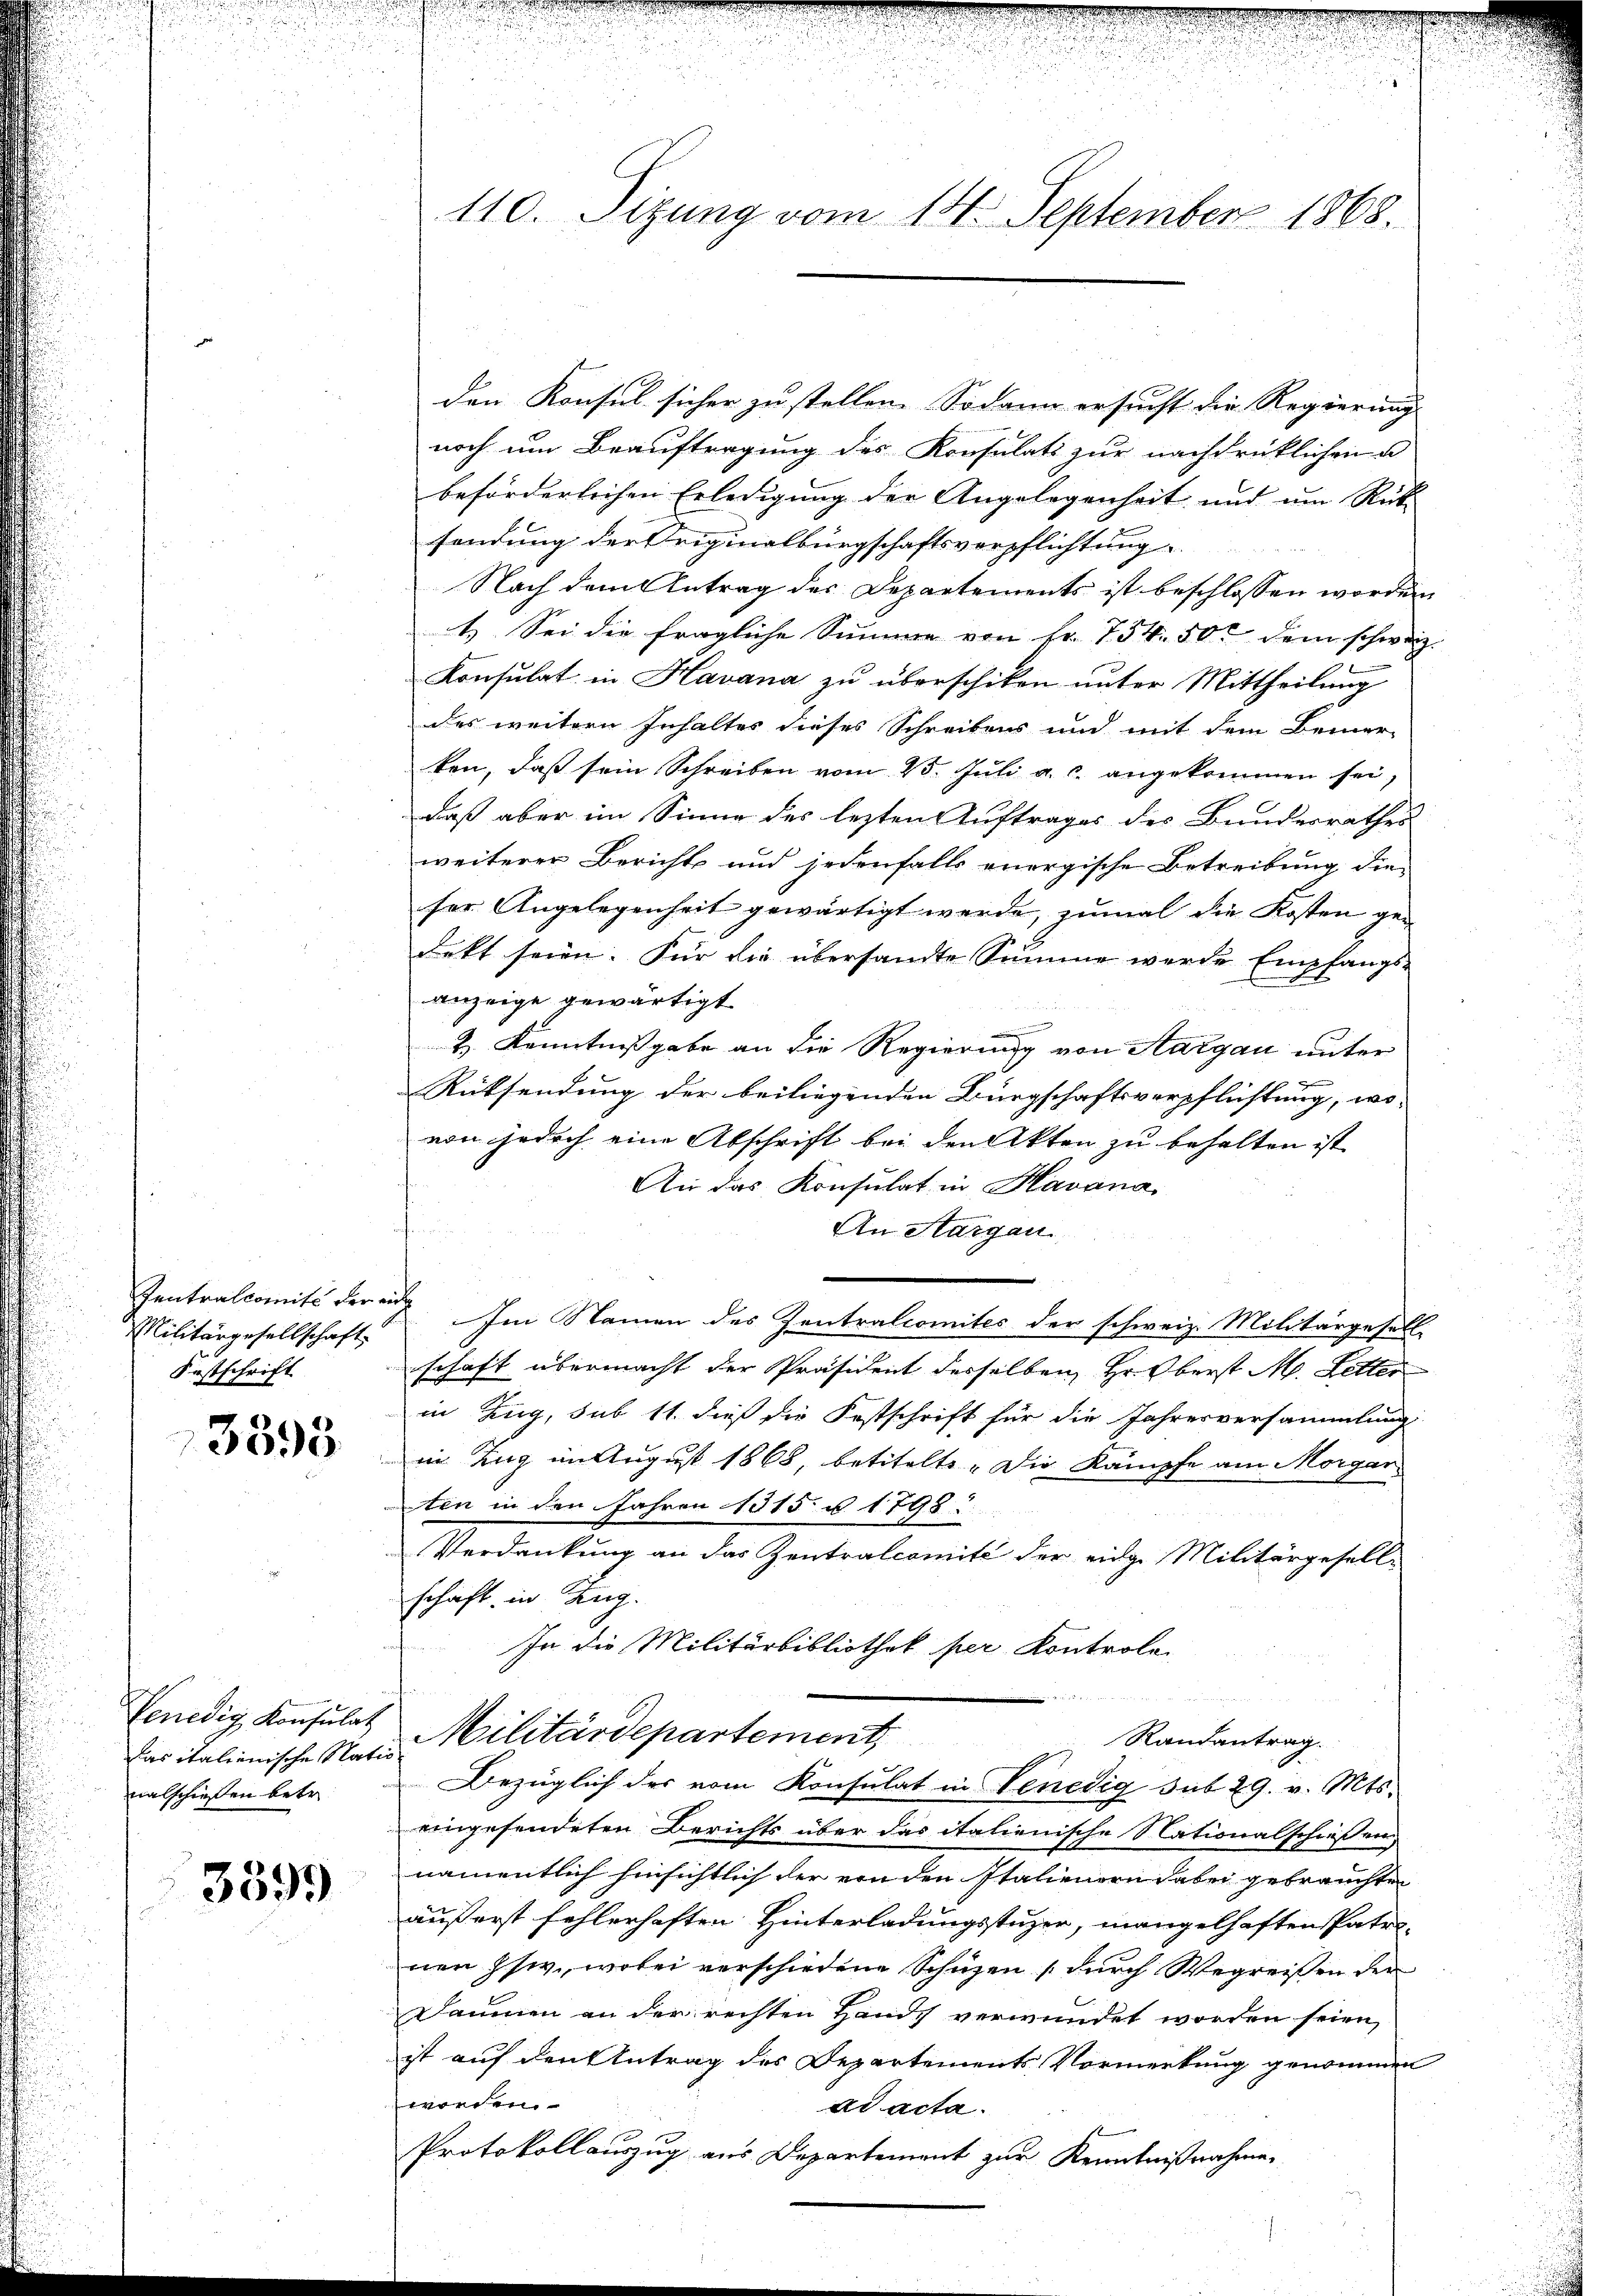
Militärgesellschaft
Festschrift

3395

Venedig Konsulat
nalschießen betr.

3399

110. Sizung vom 14. September 1868.

den Konsul sicher zu stellen. Sodann ersucht die Regierung
noch um Beauftragung des Konsulati zur nachdrücklichen
beförderlichen Erledigung der Angelegenheit und um Rück
sendung der Originalbürgschaftsverpflichtung
Nach dem Antrag des Departements ist beschlossen worden
1. Sei die fragliche Summe von Fr. 754. 50 dem schweiz.
Konsulat in Havana zu überschiken unter Mittheilung
des weitern Inhaltes dieses Schreibens und mit dem Bemer-
ken, daß sein Schreiben vom 25. Juli a. c. angekommen sei,
daß aber im Sinne des lezten Auftrages des Bundesrathes
weiterer Berichts und jedenfalls energische Betreibung die
ser Angelegenheit gewärtigt werde, zumal die Kosten ge-
fekt seien. Für die übersandte Summe werde Empfangs-
anzeige gewärtigt
m
& Kenntnißgabe an die Regierung von Aargau unter

Rücksendung der beiliegenden Bürgschaftsverpflichtung, wo-
von jedoch eine Abschrift bei den Akten zu behalten ist
An das Konsulat in Havana
An Aargau
Ientralcomité der Im Namen des Zentralcomites der schweiz. Militärgesell
schaft übermacht der Präsident derselben Hr. Oberst M. Letter
in Zug, sub 11. dieß die Festschrift für die Jahresversammlung
in Zug im August 1868, betitelte. Die Kämpfe am Morgan
ten in den Jahren 1315 u. 1798.
Verdankung an das Zentralcomité der eidge Militärgesell-
schaft in Zug.
In die Militärbibliothek per Kontrole
Randantrag.
das italienische Natur Militärdepartement,
Bezüglich der vom Konsulat in Venedig sub 29. v. Mts.
eingesendeten Berichts über das italienische Nationalschießen
namentlich hinsichtlich der von den Italienern dabei gebrauchten
äußerst fehlerhaften Hinterladungsstuzer, mangelhaften Patri-
nen Isw., wobei verschiedene Schüzen durch Wegreißen der
Daumen an der rechten Hands verwundet worden seien,
ist auf den Antrag des Departements Vormerkung genommen
worden.
ad acta.
Protokollauszug aus Departement zur Kenntnißnahme